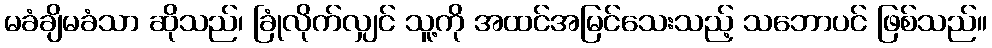
မခံချိမခံသာ ဆိုသည်၊ ခြုံလိုက်လျှင် သူ့ကို အထင်အမြင်သေးသည့် သဘောပင် ဖြစ်သည်။